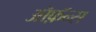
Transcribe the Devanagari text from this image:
ऑफ़ॅन्स